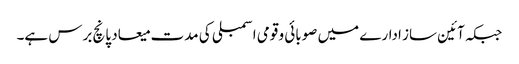
جبکہ آئین ساز ادارے میں صوبائی و قومی اسمبلی کی مدت میعاد پانچ برس ہے۔